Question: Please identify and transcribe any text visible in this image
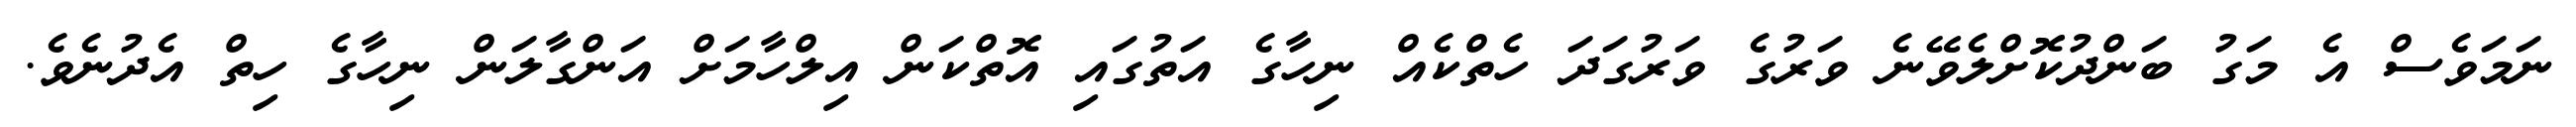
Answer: ނަމަވެސް އެ މަގު ބަންދުކޮށްލެވޭނެ ވަރުގެ ވަރުގަދަ ހެތްކެއް ނިހާގެ އަތުގައި އޮތްކަން އިލްހާމަށް އަންގާލަން ނިހާގެ ހިތް އެދުނެވެ.